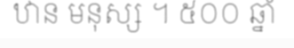
ឋាន មនុស្ស ។ ៥០០ ឆ្នាំ